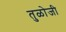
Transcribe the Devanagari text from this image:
तुळोजी